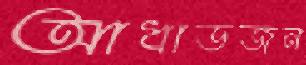
আধাডজন